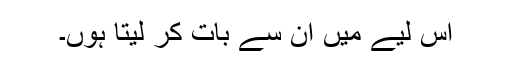
اس لیے میں ان سے بات کر لیتا ہوں۔